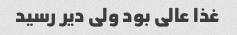
غذا عالی بود ولی دیر رسید